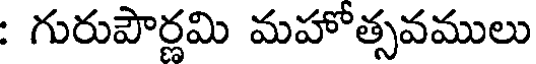
: గురుపౌర్ణమి మహోత్సవములు